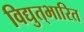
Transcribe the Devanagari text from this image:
विद्युत्‌भारित